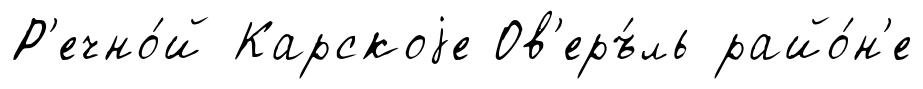
Р'ечно́й Карскоjе Ов'еръ́ль райо́н'е